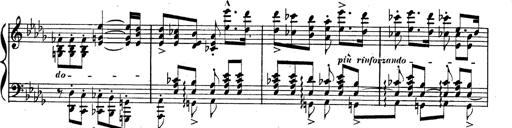
Title: BÃ©nÃ©diction et serment
Composer: Franz Liszt